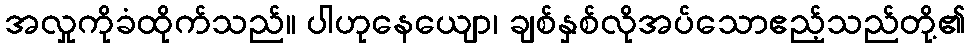
အလှုကိုခံထိုက်သည်။ ပါဟုနေယျော၊ ချစ်နှစ်လိုအပ်သောဧည့်သည်တို့၏